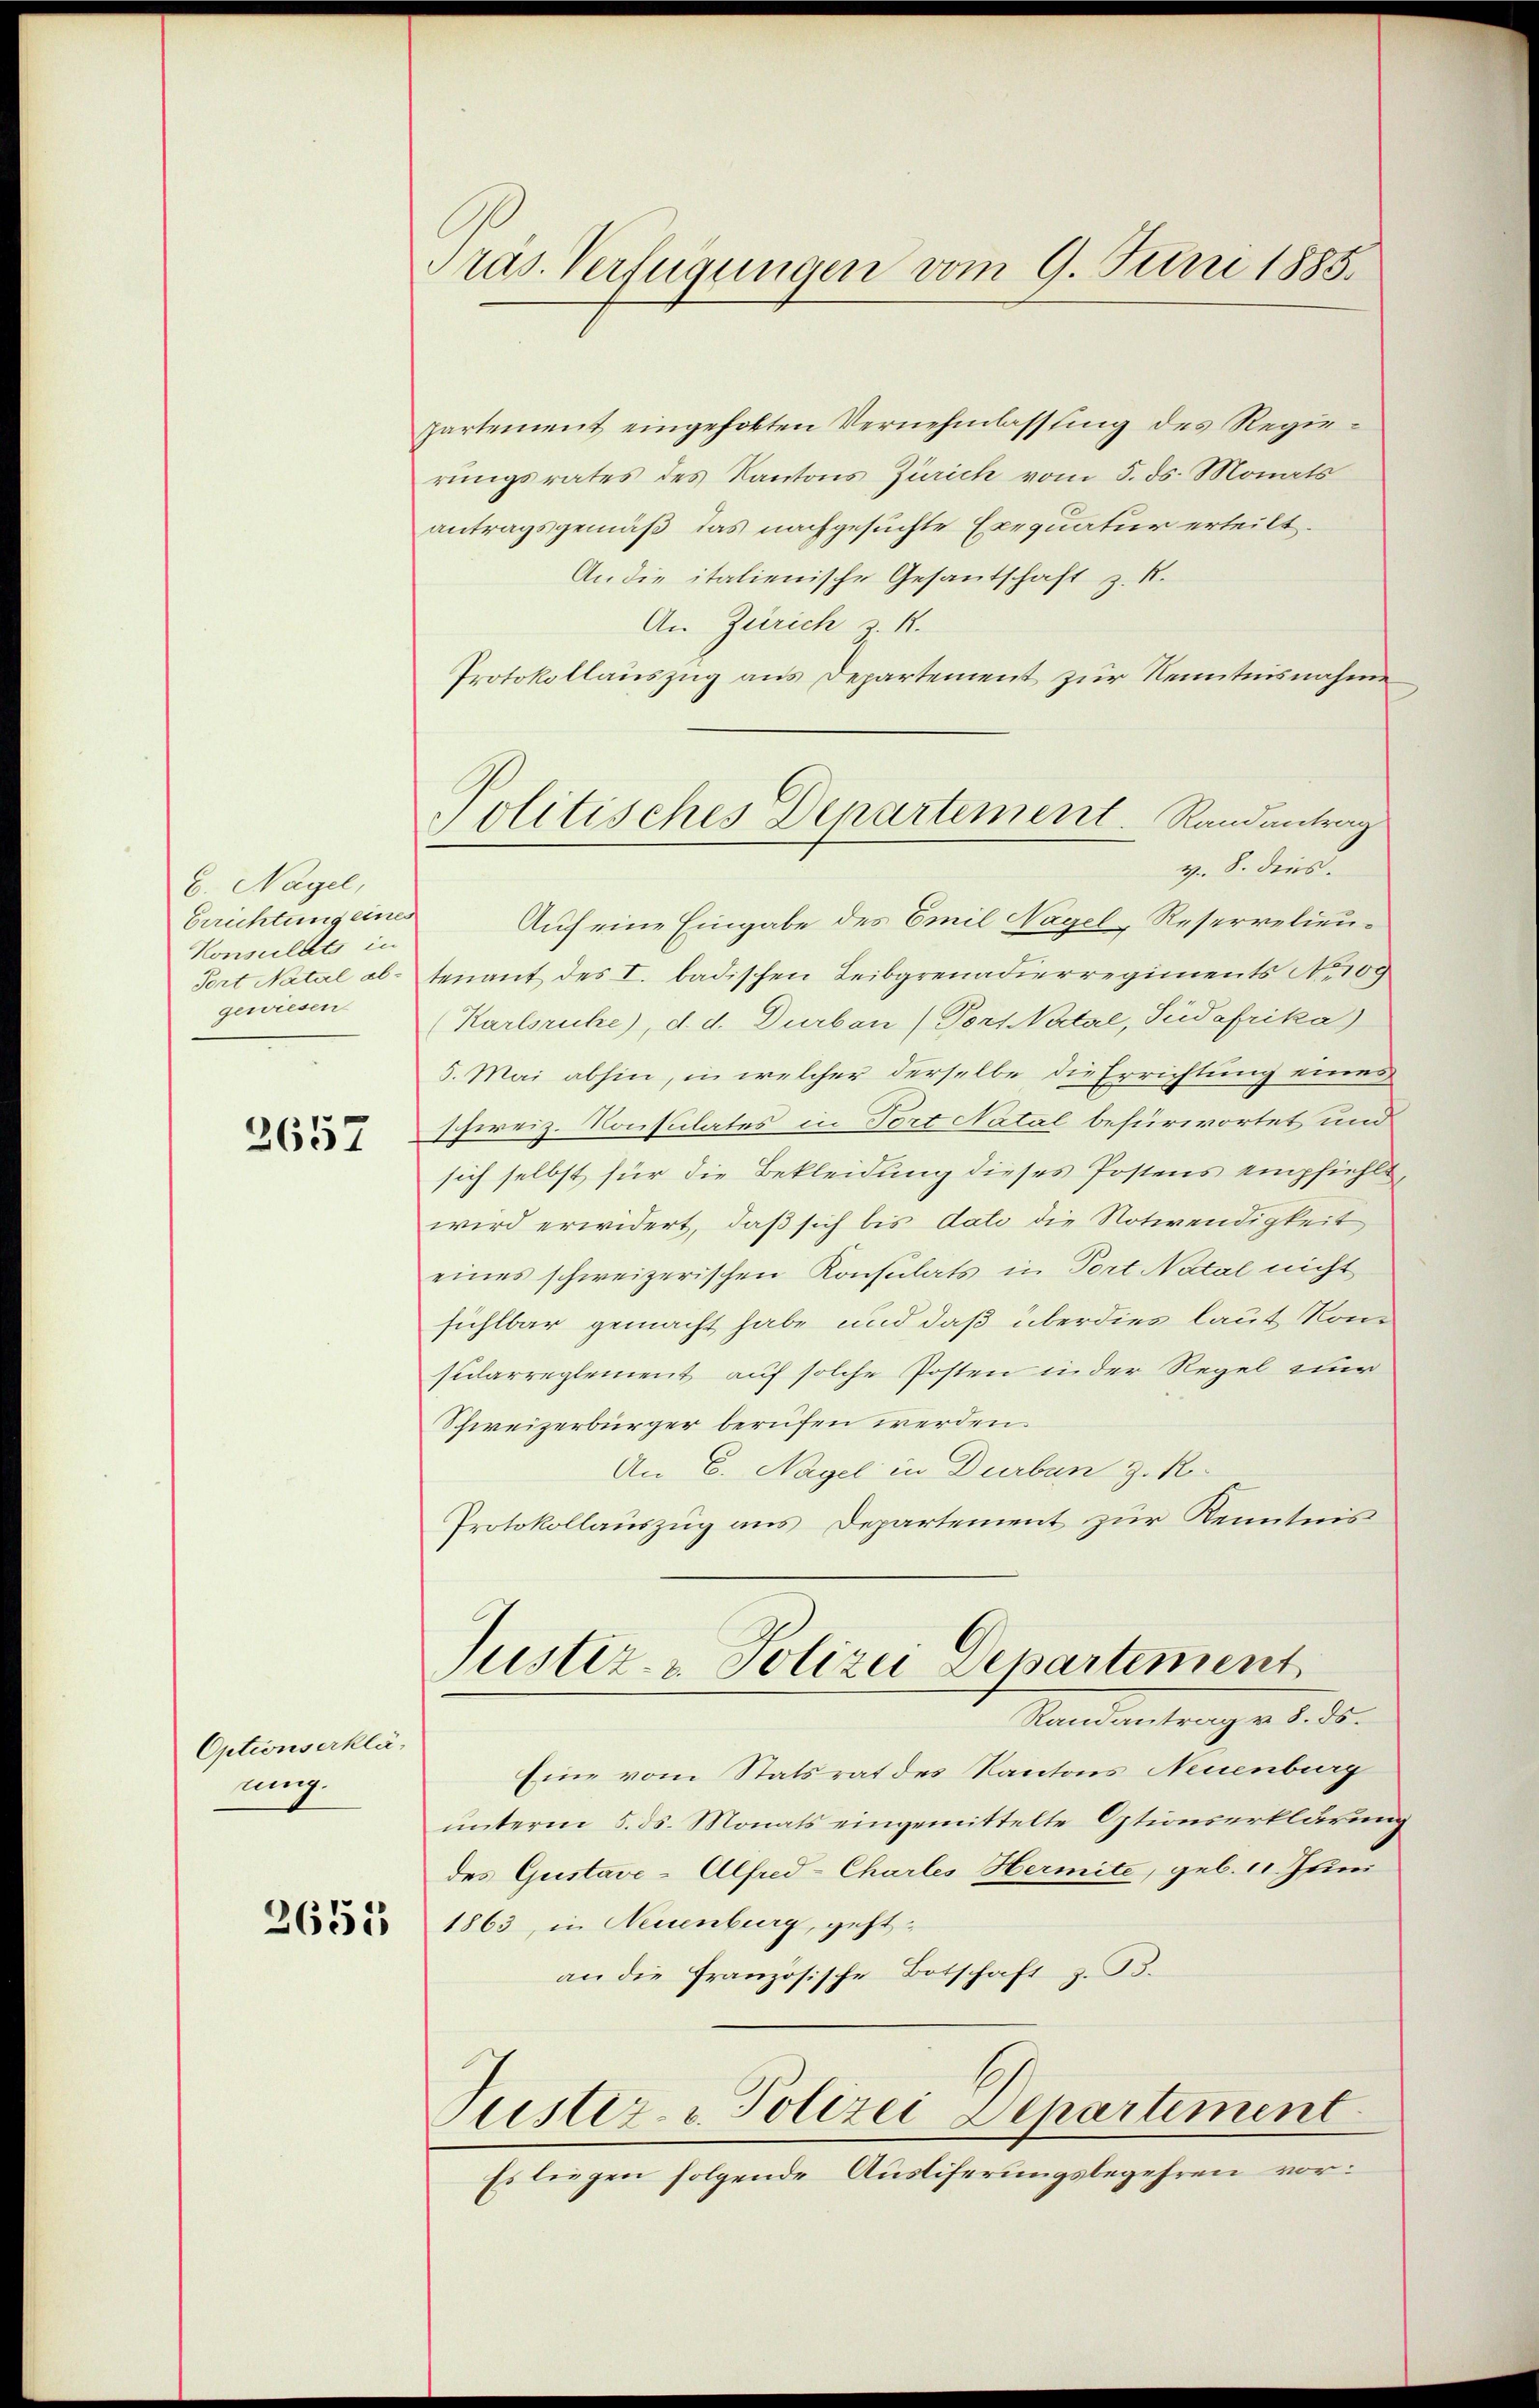
6. Nagel,
Errichtung eines
Konsulats in
gewiesen

2657

Optionserklä
ung.

2655

Präs. Verfügungen vom 9. Juni 1885.

partement eingeholten Vernehmlassung des Regierungsrates des Kantons Zürich vom 5. ds. Monats
antragsgemäß, das nachgesuchte Exequatur erteilt.
An die italienische Gesandschaft z. R.
An Zürich z. R.
Protokollauszug aus Departement zur Kenntnisnahme
v. 8. dies.
Auf eine Eingabe des Emil Nagel-Reserrelieu¬
Port Natal ab- tenant des I. badischen Leibgrenadierregiments No 109
(Karlsruhe), d. d. Durban (Pors Netal, Südafrika)
5. Mai abhin, in welcher derselbe die Errichtung eines
schweiz. Konsulates in Fort Natal befürwortet und
sich selbst für die Bekleidung dieses Postens empfiehlt
wird erwidert, daß sich bis dato die Notwendigkeit
eines schweizerischen Konsulats in Port Natal nicht
fühlbar gemacht habe, und daß überdies laut kom
sularreglement auf solche Posten in der Regel nur
Schweizerbürger berufen werden.
An C. Nagel in Durben z. R.
Protokollauszug aus Departement zur Kenntnis
Justiz - Polizei Departement
Randantrag v. 8. ds.
Eine vom Statsrat des Kantons Neuenburg
unterm 5. ds. Monats eingemittelte Optionserklärun
des Gustave-Alfred-Chartes Hermite, geb. 1. Juni
1863, in Neuenburg, geht.
an die französische Botschaft z. B.
Justiz- & Polizei Departement
Es liegen folgende Ausliferungsbegehren vor:

Politisches Departement.   Randantrag